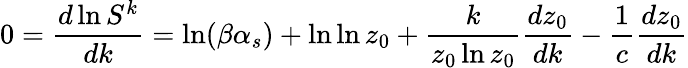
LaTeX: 0=\frac{d\ln S^{k}}{dk}=\ln(\beta\alpha_{s})+\ln\ln z_{0}+\frac{k}{z_{0}\ln z_{0}}\frac{dz_{0}}{dk}-\frac{1}{c}\frac{dz_{0}}{dk}